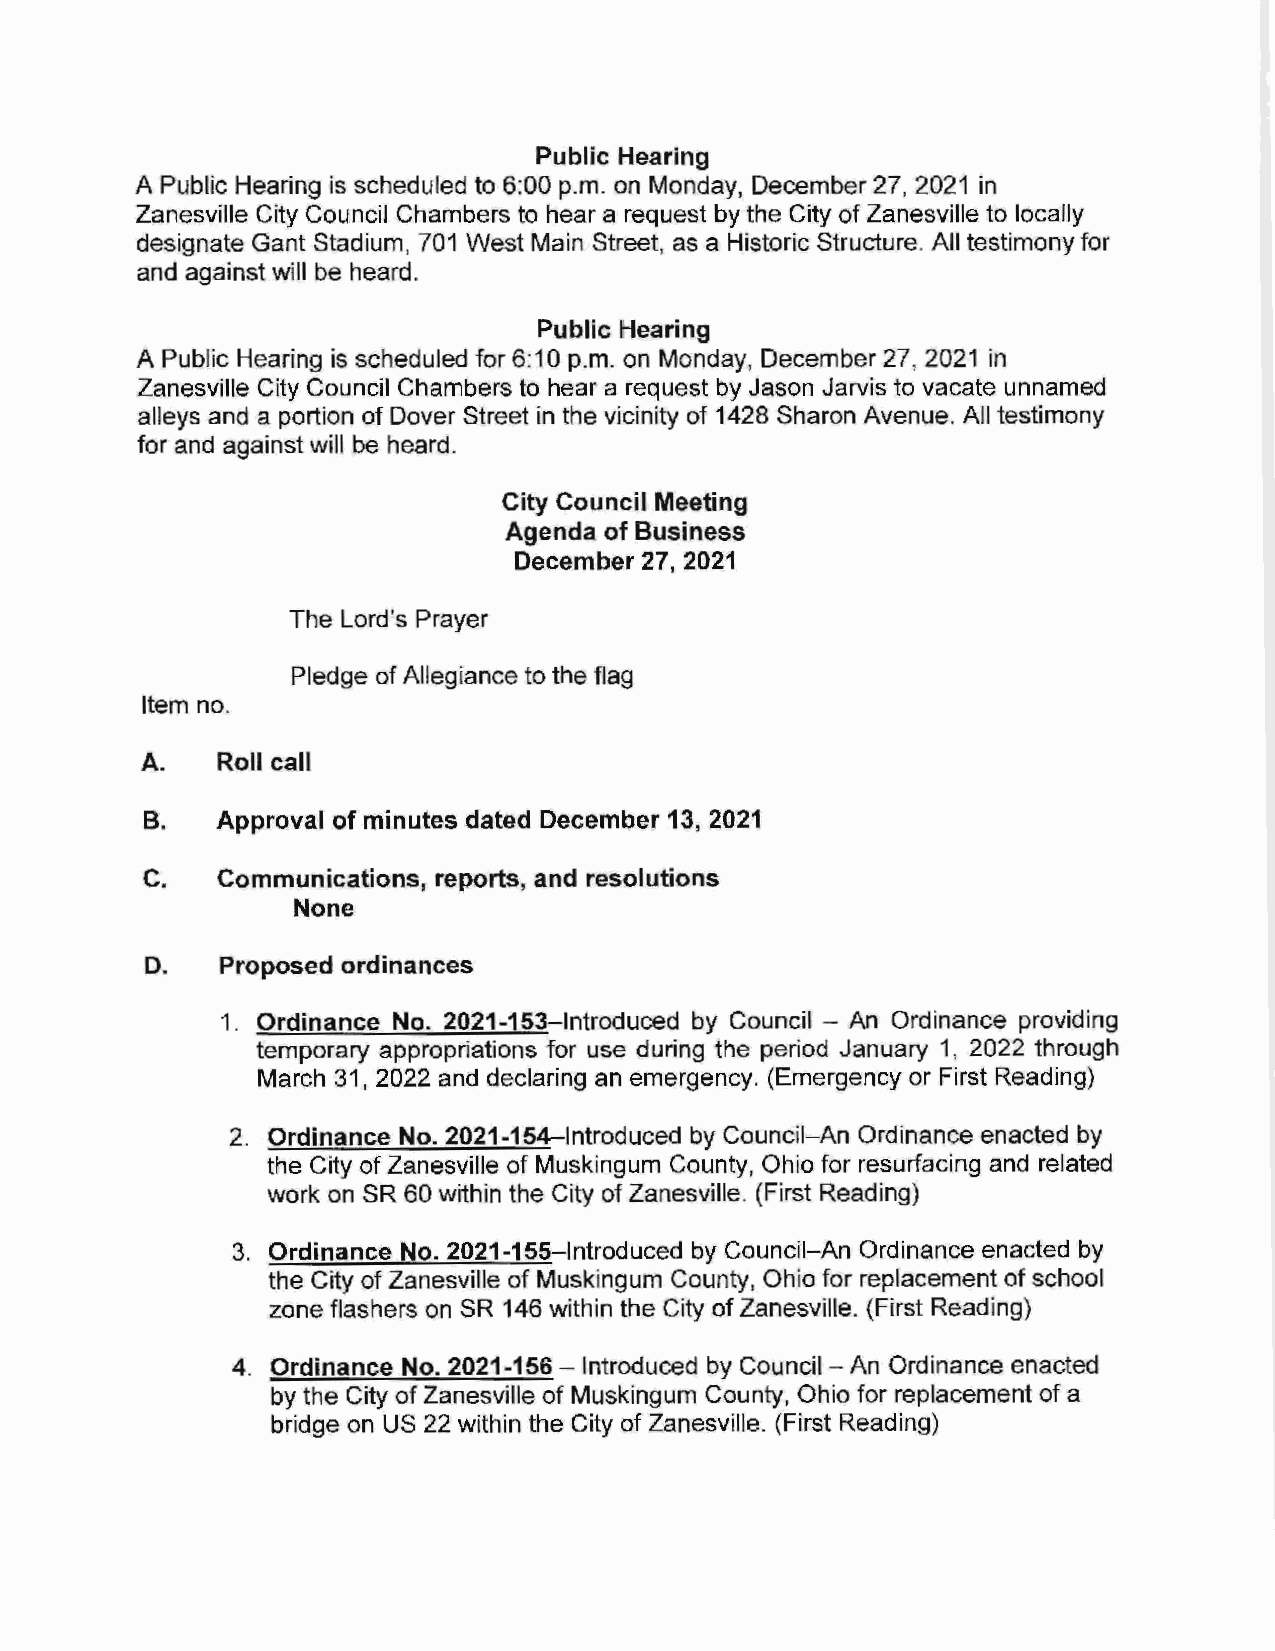
Public Hearing
 A Public Hearing is scheduled to 6:00 p.m. on Monday, December 27, 2021 in
 Zanesville City Council Chambers to hear a request by the City of Zanesville to locally
 designate Gant Stadium, 701 West Main Street, as a Historic Structure. All testimony for
 and against will be heard.
 Public Hearing
 A Public Hearing is scheduled for 6:10 p.m. on Monday, December 27, 2021 in
 Zanesville City Council Chambers to hear a request by Jason Jarvis to vacate unnamed
 alleys and a portion of Dover Street in the vicinity of 1428 Sharon Avenue. All testimony
 for and against will be heard.
 City Council Meeting
 Agenda of Business
 December 27, 2021
 The Lord's Prayer
 Pledge of Allegiance to the flag
 Item no.
 A.   Roll call
 B.   Approval of minutes dated December 13, 2021
 C.   Communications, reports, and resolutions
 None
 D.   Proposed ordinances
 1. Ordinance No. 2021-153-lntroduced by Council - An Ordinance providing
 temporary appropriations for use during the period January 1, 2022 through
 March 31, 2022 and declaring an emergency. (Emergency or First Reading)
 2. Ordinance No. 2021-154-lntroduced by Council-An Ordinance enacted by
 the City of Zanesville of Muskingum County, Ohio for resurfacing and related
 work on SR 60 within the City of Zanesville. (First Reading)
 3. Ordinance No. 2021-155-lntroduced by Council-An Ordinance enacted by
 the City of Zanesville of Muskingum County, Ohio for replacement of school
 zone flashers on SR 146 within the City of Zanesville. (First Reading)
 4. Ordinance No. 2021-156 - Introduced by Council -An Ordinance enacted
 by the City of Zanesville of Muskingum County, Ohio for replacement of a
 bridge on US 22 within the City of Zanesville. (First Reading)